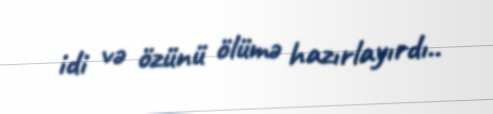
idi və özünü ölümə hazırlayırdı..